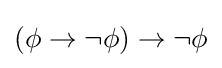
(\phi \to \neg \phi )\to \neg \phi